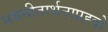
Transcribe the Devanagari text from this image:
नवनीतार्थनाप्रह्वो